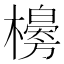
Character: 𣞌